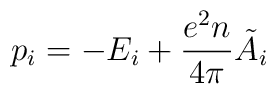
p_i = -E_i + \frac{e^2 n}{4 \pi}\tilde A_i